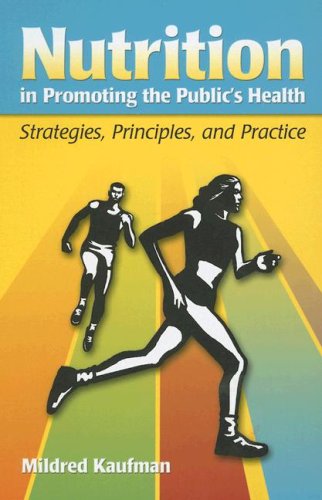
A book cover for Nutrition in Promoting the Public's Health: Strategies, Principles, and Practice; Mildred Kaufman; Medical Books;